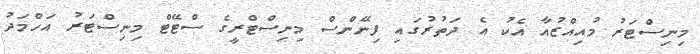
މިނިސްޓަރު މުއިއްޒުއާ އެކު އެ ދަތުރުގައި ފިނޭންސް މިނިސްޓްރީގެ ސްޓޭޓް މިނިސްޓަރު އަހްމަދު